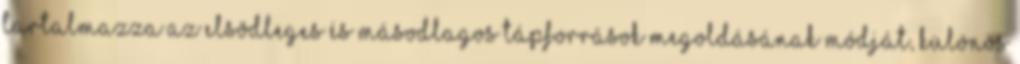
tartalmazza az elsõdleges és másodlagos tápforrások megoldásának módját, különös